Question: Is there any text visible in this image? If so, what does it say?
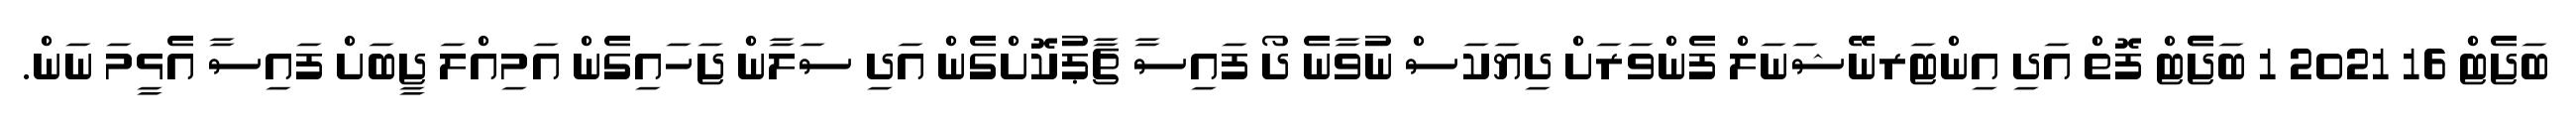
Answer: ބަޖެޓް 16 2021 1 ބަޖެެޓް ފޮތް އަދި އިންޓަރނޭޝަނަލް ފެންވަރަށް ދިޔަކަސް ނުވާނެ ދޯ ފައިސާ ޗާޕުކޮށްގެން އަދި ސަލާން ޖަހައިގެން އަމިއްލަ ޖީބަށް ފައިސާ އެޅީމަ ނަން.